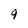
Character: 9